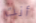
أنت